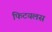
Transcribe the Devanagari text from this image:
फिटयलस